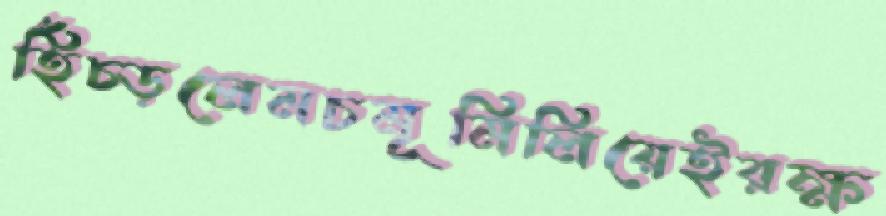
হিঁচ্‌ড়লেমচমূমিলিয়েইরক্ষ